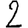
Digit: 2